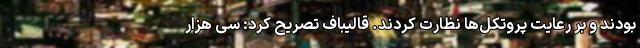
بودند و بر رعایت پروتکل‌ها نظارت کردند. قالیباف تصریح کرد: سی هزار